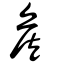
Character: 矦